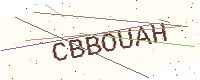
Text: CBBOUAH